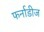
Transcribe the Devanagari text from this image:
फर्नाडीज